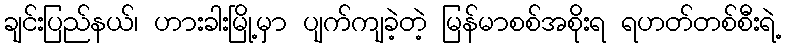
ချင်းပြည်နယ်၊ ဟားခါးမြို့မှာ ပျက်ကျခဲ့တဲ့ မြန်မာစစ်အစိုးရ ရဟတ်တစ်စီးရဲ့